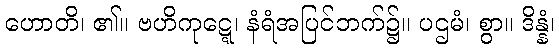
ဟောတိ၊ ၏။ ဗဟိကုဋ္ဋေ၊ နံရံအပြင်ဘက်၌။ ပဌမံ၊ စွာ။ ဒိန္နံ၊